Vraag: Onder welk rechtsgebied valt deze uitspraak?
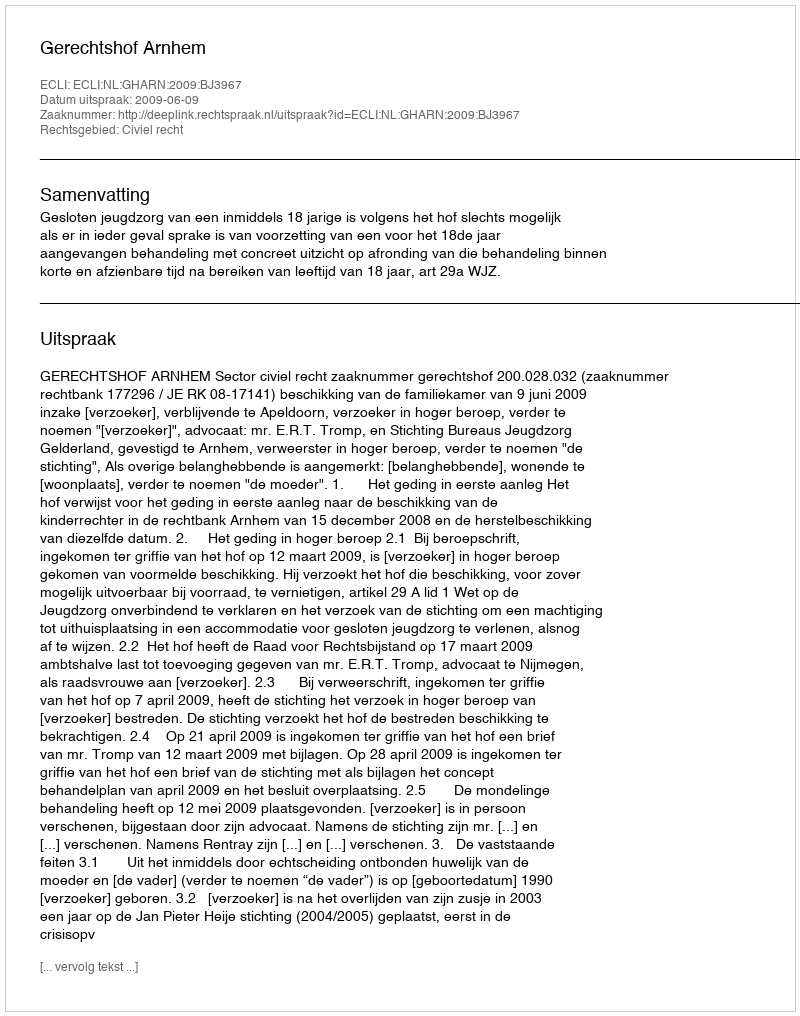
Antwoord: Civiel recht